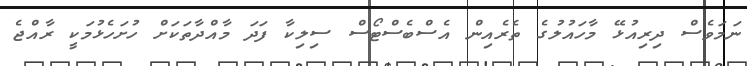
ނަމަވެސް ދިރިއުޅޭ މާހައުލުގެ ތެރެއިން އެސްބެސްޓޯސް ސިލިކާ ފަދަ މާއްދާތަކަށް ހުށަހެޅުމަކީ ރާއްޖެ